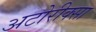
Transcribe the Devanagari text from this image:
अटोरीक्सा